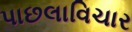
પાછલાવિચાર